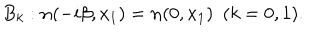
B _ { k } : { \bf n } ( - i \beta , x _ { 1 } ) = { \bf n } ( 0 , x _ { 1 } ) ~ ~ ( k = 0 , 1 ) .